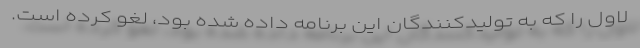
لاول را که به تولیدکنندگان این برنامه داده شده بود، لغو کرده است.